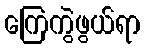
ကြေကွဲဖွယ်ရာ